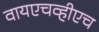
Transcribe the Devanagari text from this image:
वायएचव्हीएच